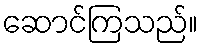
ဆောင်ကြသည်။